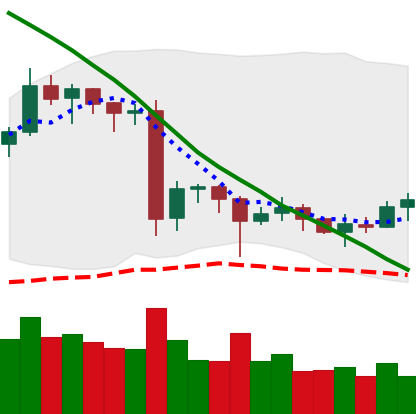
Ticker: EOS-USD
Chart end date: 2020-06-23
Forward return: -8.302%
Label: down_7plus